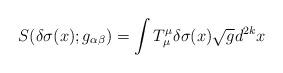
LaTeX: \begin{align*}S(\delta\sigma(x); g_{\alpha\beta}) =\int T^{\mu}_{\mu} \delta\sigma(x) \sqrt{g} d^{2k}x\end{align*}